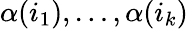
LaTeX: \alpha(i_{1}),\dots,\alpha(i_{k})